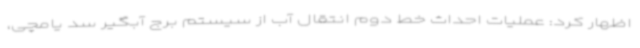
اظهار کرد: عملیات احداث خط دوم انتقال آب از سیستم برج آبگیر سد یامچی،